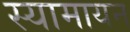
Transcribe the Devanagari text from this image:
स्यामायन